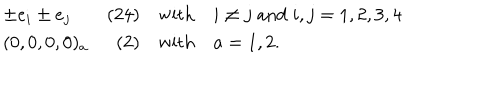
\begin{array} { l r c l } { { \pm e _ { i } \pm e _ { j } } } & { { ( 2 4 ) } } & { { \mathrm { w i t h } } } & { { i \neq j \; \mathrm { a n d } \; i , j = 1 , 2 , 3 , 4 } } \\ { { ( 0 , 0 , 0 , 0 ) _ { a } } } & { { ( 2 ) } } & { { \mathrm { w i t h } } } & { { a = 1 , 2 . } } \\ \end{array}